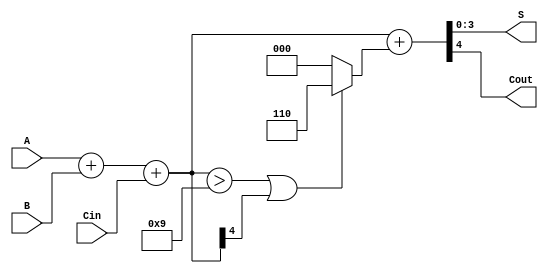
module BCD_Ripple_Carry_Adder (
    input  [3:0] A,      // BCD input A
    input  [3:0] B,      // BCD input B
    input        Cin,     // Carry input
    output [3:0] S,      // BCD sum output
    output       Cout     // Carry output
);

    wire [4:0] sum;      // 5-bit sum to accommodate carry
    wire [4:0] corrected_sum; // 5-bit corrected sum
    wire correction_needed; // Flag for correction

    // Step 1: Calculate the initial binary sum
    assign sum = A + B + Cin;

    // Step 2: Determine if correction is needed
    assign correction_needed = (sum > 9) || (sum[4]); // Check if sum > 9 or carry out

    // Step 3: Apply correction if needed
    assign corrected_sum = sum + (correction_needed ? 5'd6 : 5'd0); // Add 6 if correction is needed

    // Step 4: Assign outputs
    assign S = corrected_sum[3:0]; // BCD result
    assign Cout = corrected_sum[4]; // Carry out

endmodule